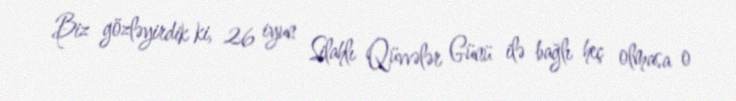
Biz gözləyirdik ki, 26 iyun Silahlı Qüvvələr Günü ilə bağlı heç olmasa o